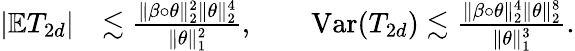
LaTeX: \begin{array}{rl}{|\mathbb{E}T_{2d}|}&{\lesssim\frac{\| \beta\circ\theta\| _{2}^{2}\| \theta\| _{2}^{4}}{\| \theta\| _{1}^{2}},\qquad\mathrm{Var}(T_{2d})\lesssim\frac{\| \beta\circ\theta\| _{2}^{4}\| \theta\| _{2}^{8}}{\| \theta\| _{1}^{3}}.}\end{array}